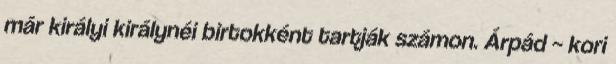
már királyi királynéi birtokként tartják számon. Árpád – kori